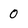
Character: 0